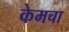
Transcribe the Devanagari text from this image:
केमचा